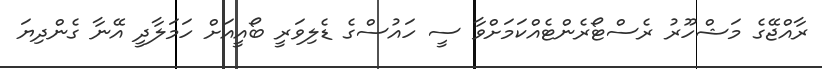
ރާއްޖޭގެ މަޝްހޫރު ރެސްޓޯރެންޓެއްކަމަށްވާ ސީ ހައުސްގެ ޑެލިވަރީ ބޯއީއަށް ހަމަލާދީ އޭނާ ގެންދިޔަ